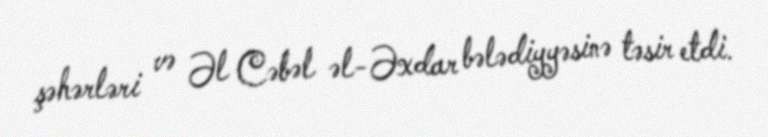
şəhərləri və Əl Cəbəl əl-Əxdar bələdiyyəsinə təsir etdi.